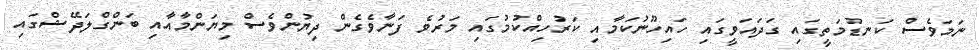
ނަމަވެސް ކަނޑުމަތީގައި ގަދައަވީގައި ހައިހޫނުކަމާއި ކަރުހިއްކުމުގައި މަރުވެ ފަނާވެގެން ދިޔުންވެސް މިޔަންމާއާއި ބަންގްލަދޭޝްގައި